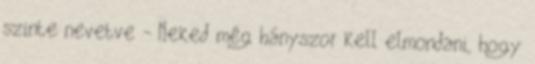
szinte nevetve - Neked még hányszor kell elmondani, hogy